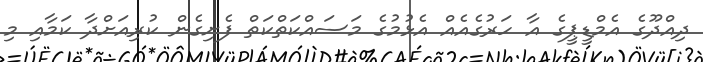
ދިއްދޫގެ އެމްޑީޕީގެ އާ ހަރުގެއެއް އެޅުމުގެ މަސައްކަތްކަތް ފެށިގެން ކުރިއަށްދާ ކަމާއި މި